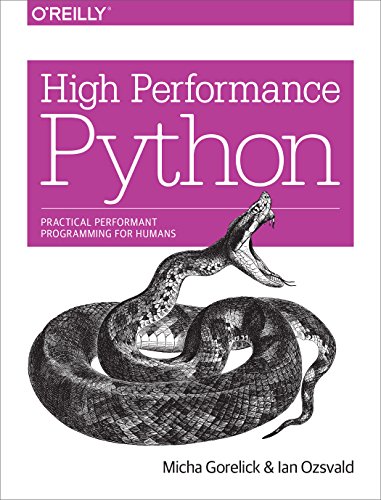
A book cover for High Performance Python: Practical Performant Programming for Humans; Micha Gorelick; Computers & Technology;